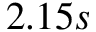
2 . 1 5 s